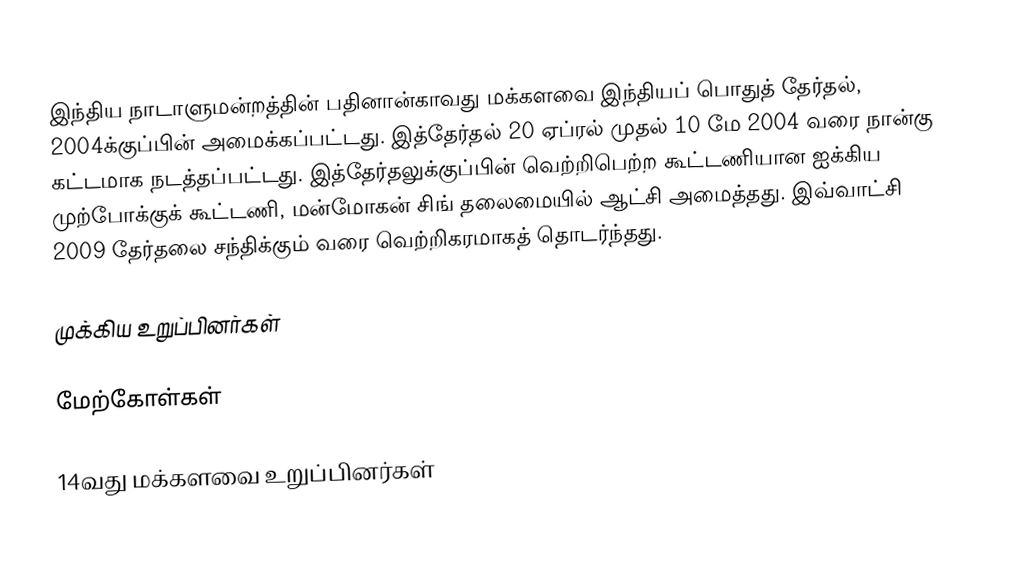
இந்திய நாடாளுமன்றத்தின் பதினான்காவது மக்களவை இந்தியப் பொதுத் தேர்தல், 2004க்குப்பின் அமைக்கப்பட்டது. இத்தேர்தல் 20 ஏப்ரல் முதல் 10 மே 2004 வரை நான்கு கட்டமாக நடத்தப்பட்டது. இத்தேர்தலுக்குப்பின் வெற்றிபெற்ற கூட்டணியான ஐக்கிய முற்போக்குக் கூட்டணி, மன்மோகன் சிங் தலைமையில் ஆட்சி அமைத்தது. இவ்வாட்சி 2009 தேர்தலை சந்திக்கும் வரை வெற்றிகரமாகத் தொடர்ந்தது.

முக்கிய உறுப்பினர்கள்

மேற்கோள்கள்

14வது மக்களவை உறுப்பினர்கள்